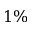
1 \%